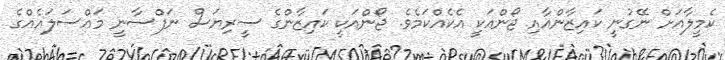
ކެމީލާއަށް ނޭގުނީ ކައިޒާންއާއި ޖޯންއަކީ އެކެއްކަމެވެ. ޖޯންއަކީ ކައިޒާންގެ ސީރިޔަސް ނަފްސާނީ މައްސަލައެއްގެ